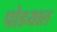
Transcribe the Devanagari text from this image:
पोडयाल